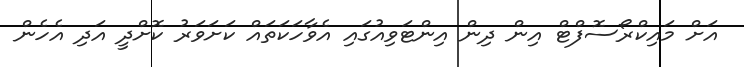
އަށް މައިކްރޯސޮފްޓް އިން ދިން އިންޓަވިއުގައި އެވާހަކަތައް ކަށަވަރު ކޮށްދީ އަދި އެހެން